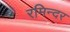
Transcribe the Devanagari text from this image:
रमिन्दर